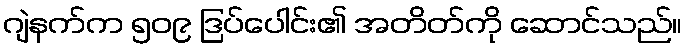
ဂျဲနက်က ၅၀၉ ဒြပ်ပေါင်း၏ အတိတ်ကို ဆောင်သည်။